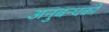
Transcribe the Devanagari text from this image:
अनुबन्धकों